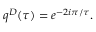
q ^ { D } ( \tau ) = e ^ { - 2 i \pi / \tau } .